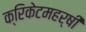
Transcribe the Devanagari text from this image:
क्रिकेटमहर्षी